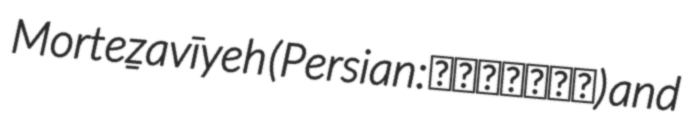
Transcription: Morteẕavīyeh (Persian: مرتضويه) and